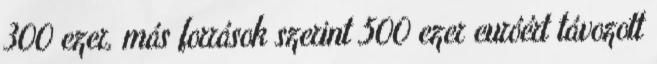
300 ezer, más források szerint 500 ezer euróért távozott